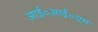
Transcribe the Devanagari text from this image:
आई०आई०एम